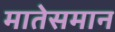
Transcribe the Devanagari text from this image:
मातेसमान